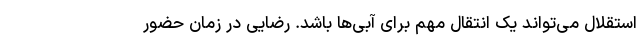
استقلال می‌تواند یک انتقال مهم برای آبی‌ها باشد. رضایی در زمان حضور